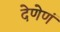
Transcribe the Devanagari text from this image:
देणेणं